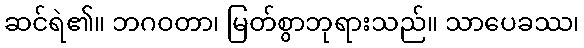
ဆင်ရဲ၏။ ဘဂဝတာ၊ မြတ်စွာဘုရားသည်။ သာပေခဿ၊